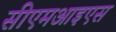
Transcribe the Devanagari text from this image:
सीएमआइएस